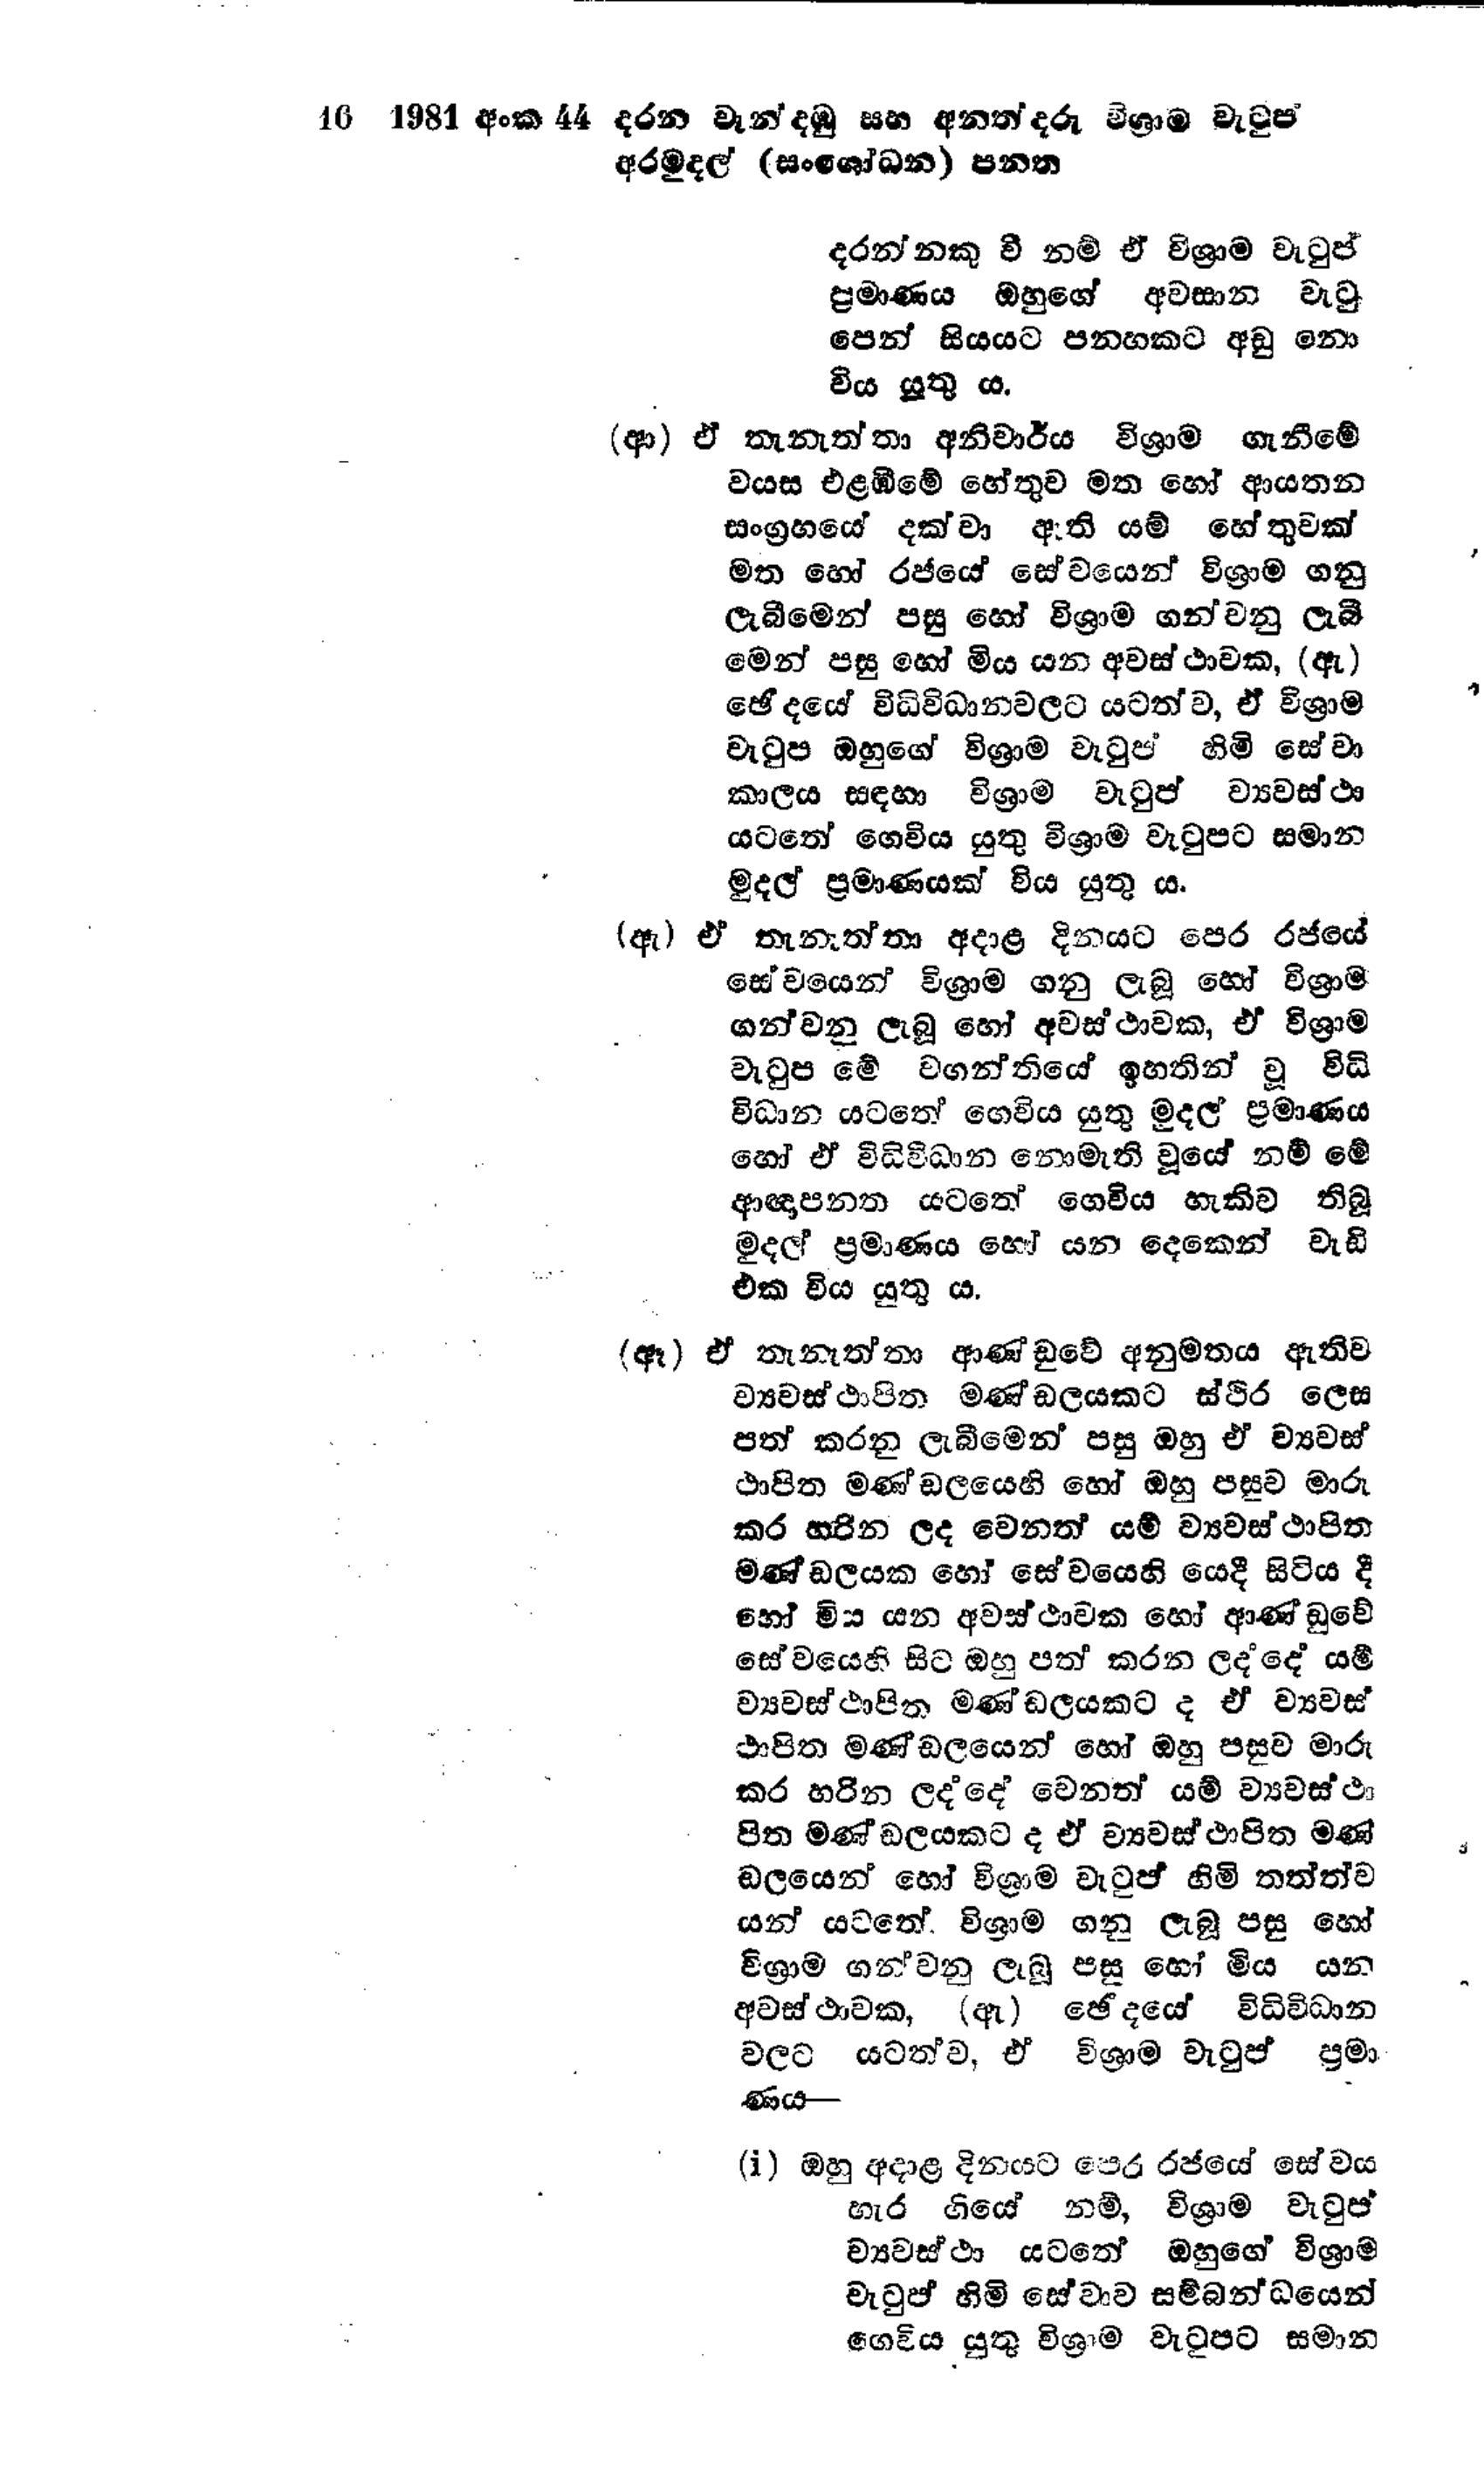
16 1981 අංක 44 දරන වැන්දඹු සහ අනත්දරු විශ්‍රාම වැටුප්
අරමුදල් (සංශෝධන) පනත

දරන්නකු වී නම් ඒ විශ්‍රාම වැටුප්
ප්‍රමාණය ඔහුගේ අවසාන වැටු
පෙන් සියයට පනහකට අඩු නො
විය යුතු ය.

(ආ) ඒ තැනැත්තා අනිවාර්ය විශ්‍රාම ගැනීමේ
වයස එළඹීමේ හේතුව මත හෝ ආයතන
සංග්‍රහයේ දක්වා ඇති යම් හේතුවක්
මත හෝ රජයේ සේවයෙන් විශ්‍රාම ගනු
ලැබීමෙන් පසු හෝ විශ්‍රාම ගන්වනු ලැබී
මෙන් පසු හෝ මිය යන අවස්ථාවක, (ඇ)
ඡේදයේ විධිවිධානවලට යටත්ව, ඒ විශ්‍රාම
වැටුප ඔහුගේ විශ්‍රාම වැටුප් හිමි සේවා
කාලය සඳහා විශ්‍රාම වැටුප් ව්‍යවස්ථා
යටතේ ගෙවිය යුතු විශ්‍රාම වැටුපට සමාන
මුදල් ප්‍රමාණයක් විය යුතු ය.

(ඇ) ඒ තැනැත්තා අදාළ දිනයට පෙර රජයේ
සේවයෙන් විශ්‍රාම ගනු ලැබූ හෝ විශ්‍රාම
ගන්වනු ලැබූ හෝ අවස් ථාවක, ඒ විශ්‍රාම
වැටුප මේ වගන්තියේ ඉහතින් වූ විධි
විධාන යටතේ ගෙවිය යුතු මුදල් ප්‍රමාණය
හෝ ඒ විධිවිධාන නොමැති වූයේ නම් මේ
ආඥාපනත යටතේ ගෙවිය හැකිව තිබූ
මුදල් ප්‍රමාණය හෝ යන දෙකෙන් වැඩි
එක විය යුතු ය.

(ඈ) ඒ තැනැත්තා ආණ්ඩුවේ අනුමතය ඇතිව
ව්‍යවස්ථාපිත මණ්ඩලයකට ස්ථිර ලෙස
පත් කරනු ලැබීමෙන් පසු ඔහු ඒ ව්‍යවස්
ථාපිත මණ්‌ඩලයෙහි හෝ ඔහු පසුව මාරු
කර හරින ලද වෙනත් යම් ව්‍යවස්ථාපිත
මණ්ඩලයක හෝ සේවයෙහි යෙදී සිටිය දී
හෝ මිය යන අවස්ථාවක හෝ ආණ්ඩුවේ
සේවයෙහි සිට ඔහු පත් කරන ලද්දේ යම්
ව්‍යවස්ථාපිත මණ්ඩලයකට ද ඒ ව්‍යවස්
ථාපිත මණ්ඩලයෙන් හෝ ඔහු පසුව මාරු
කර හරින ලද්දේ වෙනත් යම් ව්‍යවස්ථා
පිත මණ්ඩලයකට ද ඒ ව්‍යවස්ථාපිත මණ්
ඩලයෙන් හෝ විශ්‍රාම වැටුප් හිමි තත්ත්ව
යන් යටතේ විශ්‍රාම ගනු ලැබූ පසු හෝ
විශ්‍රාම ගන්වනු ලැබූ පසු හෝ මිය යන
අවස්ථාවක, (ඇ) ඡේදයේ විධිවිධාන
වලට යටත්ව, ඒ විශ්‍රාම වැටුප් ප්‍රමා
ණය -

(i) ඔහු අදාළ දිනයට පෙර රජයේ සේවය
හැර ගියේ නම්, විශ්‍රාම වැටුප්
ව්‍යවස්ථා යටතේ ඔහුගේ විශ්‍රාම
වැටුප් හිමි සේවාව සම්බන්ධයෙන්
ගෙවිය යුතු විශ්‍රාම වැටුපට සමාන